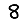
Digit: 8